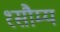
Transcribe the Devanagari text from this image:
१सौम्य